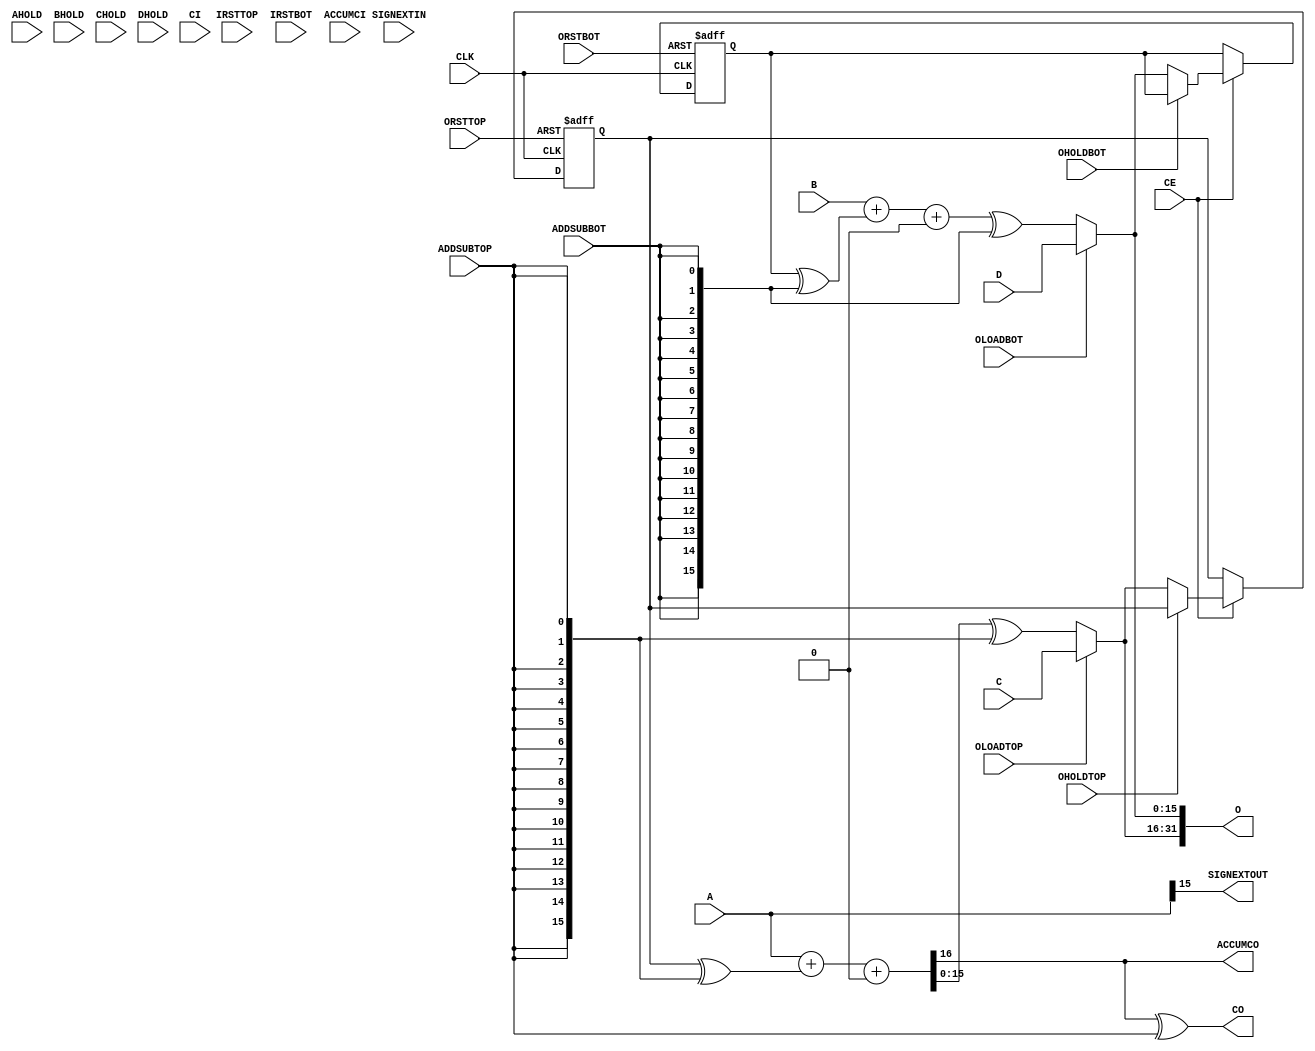

/* verilator lint_off WIDTH */

//(* abc9_box, lib_whitebox *) // TODO
module SB_MAC16 (
	input CLK, CE,
	input [15:0] C, A, B, D,
	input AHOLD, BHOLD, CHOLD, DHOLD,
	input IRSTTOP, IRSTBOT,
	input ORSTTOP, ORSTBOT,
	input OLOADTOP, OLOADBOT,
	input ADDSUBTOP, ADDSUBBOT,
	input OHOLDTOP, OHOLDBOT,
	input CI, ACCUMCI, SIGNEXTIN,
	output [31:0] O,
	output CO, ACCUMCO, SIGNEXTOUT
);
	parameter [0:0] NEG_TRIGGER = 0;
	parameter [0:0] C_REG = 0;
	parameter [0:0] A_REG = 0;
	parameter [0:0] B_REG = 0;
	parameter [0:0] D_REG = 0;
	parameter [0:0] TOP_8x8_MULT_REG = 0;
	parameter [0:0] BOT_8x8_MULT_REG = 0;
	parameter [0:0] PIPELINE_16x16_MULT_REG1 = 0;
	parameter [0:0] PIPELINE_16x16_MULT_REG2 = 0;
	parameter [1:0] TOPOUTPUT_SELECT = 0;
	parameter [1:0] TOPADDSUB_LOWERINPUT = 0;
	parameter [0:0] TOPADDSUB_UPPERINPUT = 0;
	parameter [1:0] TOPADDSUB_CARRYSELECT = 0;
	parameter [1:0] BOTOUTPUT_SELECT = 0;
	parameter [1:0] BOTADDSUB_LOWERINPUT = 0;
	parameter [0:0] BOTADDSUB_UPPERINPUT = 0;
	parameter [1:0] BOTADDSUB_CARRYSELECT = 0;
	parameter [0:0] MODE_8x8 = 0;
	parameter [0:0] A_SIGNED = 0;
	parameter [0:0] B_SIGNED = 0;

	wire clock = CLK ^ NEG_TRIGGER;

	// internal wires, compare Figure on page 133 of ICE Technology Library 3.0 and Fig 2 on page 2 of Lattice TN1295-DSP
	// http://www.latticesemi.com/~/media/LatticeSemi/Documents/TechnicalBriefs/SBTICETechnologyLibrary201608.pdf
	// https://www.latticesemi.com/-/media/LatticeSemi/Documents/ApplicationNotes/AD/DSPFunctionUsageGuideforICE40Devices.ashx
	wire [15:0] iA, iB, iC, iD;
	wire [15:0] iF, iJ, iK, iG;
	wire [31:0] iL, iH;
	wire [15:0] iW, iX, iP, iQ;
	wire [15:0] iY, iZ, iR, iS;
	wire HCI, LCI, LCO;

	// Regs C and A
	reg [15:0] rC, rA;
	always @(posedge clock, posedge IRSTTOP) begin
		if (IRSTTOP) begin
			rC <= 0;
			rA <= 0;
		end else if (CE) begin
			if (!CHOLD) rC <= C;
			if (!AHOLD) rA <= A;
		end
	end
	assign iC = C_REG ? rC : C;
	assign iA = A_REG ? rA : A;

	// Regs B and D
	reg [15:0] rB, rD;
	always @(posedge clock, posedge IRSTBOT) begin
		if (IRSTBOT) begin
			rB <= 0;
			rD <= 0;
		end else if (CE) begin
			if (!BHOLD) rB <= B;
			if (!DHOLD) rD <= D;
		end
	end
	assign iB = B_REG ? rB : B;
	assign iD = D_REG ? rD : D;

	// Multiplier Stage
	wire [15:0] p_Ah_Bh, p_Al_Bh, p_Ah_Bl, p_Al_Bl;
	wire [15:0] Ah, Al, Bh, Bl;
	assign Ah = {A_SIGNED ? {8{iA[15]}} : 8'b0, iA[15: 8]};
	assign Al = {A_SIGNED && MODE_8x8 ? {8{iA[ 7]}} : 8'b0, iA[ 7: 0]};
	assign Bh = {B_SIGNED ? {8{iB[15]}} : 8'b0, iB[15: 8]};
	assign Bl = {B_SIGNED && MODE_8x8 ? {8{iB[ 7]}} : 8'b0, iB[ 7: 0]};
	assign p_Ah_Bh = Ah * Bh; // F
	assign p_Al_Bh = {8'b0, Al[7:0]} * Bh; // J
	assign p_Ah_Bl = Ah * {8'b0, Bl[7:0]}; // K
	assign p_Al_Bl = Al * Bl; // G

	// Regs F and J
	reg [15:0] rF, rJ;
	always @(posedge clock, posedge IRSTTOP) begin
		if (IRSTTOP) begin
			rF <= 0;
			rJ <= 0;
		end else if (CE) begin
			rF <= p_Ah_Bh;
			if (!MODE_8x8) rJ <= p_Al_Bh;
		end
	end
	assign iF = TOP_8x8_MULT_REG ? rF : p_Ah_Bh;
	assign iJ = PIPELINE_16x16_MULT_REG1 ? rJ : p_Al_Bh;

	// Regs K and G
	reg [15:0] rK, rG;
	always @(posedge clock, posedge IRSTBOT) begin
		if (IRSTBOT) begin
			rK <= 0;
			rG <= 0;
		end else if (CE) begin
			if (!MODE_8x8) rK <= p_Ah_Bl;
			rG <= p_Al_Bl;
		end
	end
	assign iK = PIPELINE_16x16_MULT_REG1 ? rK : p_Ah_Bl;
	assign iG = BOT_8x8_MULT_REG ? rG : p_Al_Bl;

	// Adder Stage
	wire [23:0] iK_e = {A_SIGNED ? {8{iK[15]}} : 8'b0, iK};
	wire [23:0] iJ_e = {B_SIGNED ? {8{iJ[15]}} : 8'b0, iJ};
	assign iL = iG + (iK_e << 8) + (iJ_e << 8) + (iF << 16);

	// Reg H
	reg [31:0] rH;
	always @(posedge clock, posedge IRSTBOT) begin
		if (IRSTBOT) begin
			rH <= 0;
		end else if (CE) begin
			if (!MODE_8x8) rH <= iL;
		end
	end
	assign iH = PIPELINE_16x16_MULT_REG2 ? rH : iL;

	// Hi Output Stage
	wire [15:0] XW, Oh;
	reg [15:0] rQ;
	assign iW = TOPADDSUB_UPPERINPUT ? iC : iQ;
	assign iX = (TOPADDSUB_LOWERINPUT == 0) ? iA : (TOPADDSUB_LOWERINPUT == 1) ? iF : (TOPADDSUB_LOWERINPUT == 2) ? iH[31:16] : {16{iZ[15]}};
	assign {ACCUMCO, XW} = iX + (iW ^ {16{ADDSUBTOP}}) + HCI;
	assign CO = ACCUMCO ^ ADDSUBTOP;
	assign iP = OLOADTOP ? iC : XW ^ {16{ADDSUBTOP}};
	always @(posedge clock, posedge ORSTTOP) begin
		if (ORSTTOP) begin
			rQ <= 0;
		end else if (CE) begin
			if (!OHOLDTOP) rQ <= iP;
		end
	end
	assign iQ = rQ;
	assign Oh = (TOPOUTPUT_SELECT == 0) ? iP : (TOPOUTPUT_SELECT == 1) ? iQ : (TOPOUTPUT_SELECT == 2) ? iF : iH[31:16];
	assign HCI = (TOPADDSUB_CARRYSELECT == 0) ? 1'b0 : (TOPADDSUB_CARRYSELECT == 1) ? 1'b1 : (TOPADDSUB_CARRYSELECT == 2) ? LCO : LCO ^ ADDSUBBOT;
	assign SIGNEXTOUT = iX[15];

	// Lo Output Stage
	wire [15:0] YZ, Ol;
	reg [15:0] rS;
	assign iY = BOTADDSUB_UPPERINPUT ? iD : iS;
	assign iZ = (BOTADDSUB_LOWERINPUT == 0) ? iB : (BOTADDSUB_LOWERINPUT == 1) ? iG : (BOTADDSUB_LOWERINPUT == 2) ? iH[15:0] : {16{SIGNEXTIN}};
	assign {LCO, YZ} = iZ + (iY ^ {16{ADDSUBBOT}}) + LCI;
	assign iR = OLOADBOT ? iD : YZ ^ {16{ADDSUBBOT}};
	always @(posedge clock, posedge ORSTBOT) begin
		if (ORSTBOT) begin
			rS <= 0;
		end else if (CE) begin
			if (!OHOLDBOT) rS <= iR;
		end
	end
	assign iS = rS;
	assign Ol = (BOTOUTPUT_SELECT == 0) ? iR : (BOTOUTPUT_SELECT == 1) ? iS : (BOTOUTPUT_SELECT == 2) ? iG : iH[15:0];
	assign LCI = (BOTADDSUB_CARRYSELECT == 0) ? 1'b0 : (BOTADDSUB_CARRYSELECT == 1) ? 1'b1 : (BOTADDSUB_CARRYSELECT == 2) ? ACCUMCI : CI;
	assign O = {Oh, Ol};
endmodule